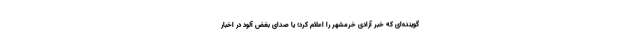
گوینده‌ای که خبر آزادی خرمشهر را اعلام کرد؛ یا صدای بُغض آلود در اخبار